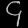
Digit: ၄